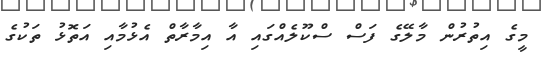
މީގެ އިތުރުން މާލޭގެ ފަސް ސްކޫލެއްގައި އާ އިމާރާތް އެޅުމާއި އަތޮޅު ތަކުގެ